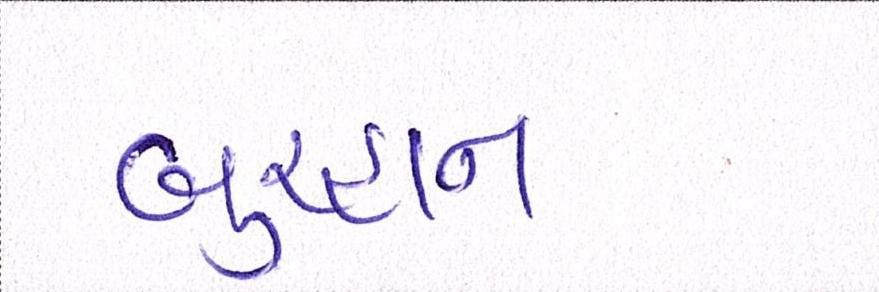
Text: બુરહાન